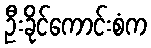
ဦးခိုင်ကောင်းစံက